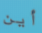
أين